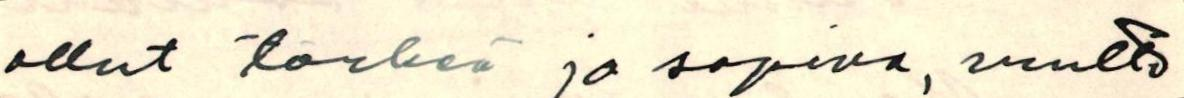
ollut tärkeä ja sopiva, mutta